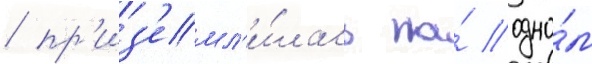
/ пр'из'емл'и́лась на́ одно́м